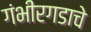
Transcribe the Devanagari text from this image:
गंभीरगडाचे